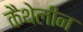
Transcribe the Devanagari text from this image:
कैथेलीन